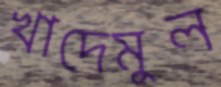
খাদেমুল